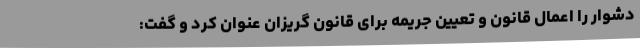
دشوار را اعمال قانون و تعیین جریمه برای قانون گریزان عنوان کرد و گفت: